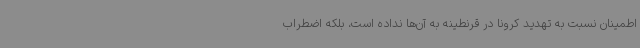
اطمینان نسبت به تهدید کرونا در قرنطینه به آن‌ها نداده است، بلکه اضطراب